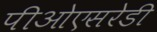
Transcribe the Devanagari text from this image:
पीओएसरेडी